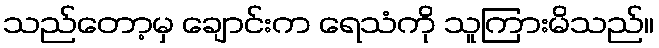
သည်တော့မှ ချောင်းက ရေသံကို သူကြားမိသည်။